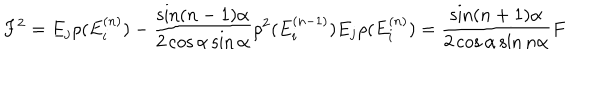
LaTeX: F ^ { 2 } = E _ { j } \rho ( E _ { i } ^ { ( n ) } ) - \frac { \sin ( n - 1 ) \alpha } { 2 \cos \alpha \sin \alpha } \rho ^ { 2 } ( E _ { i } ^ { ( n - 1 ) } ) E _ { j } \rho ( E _ { i } ^ { ( n ) } ) = \frac { \sin ( n + 1 ) \alpha } { 2 \cos \alpha \sin n \alpha } F